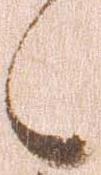
日